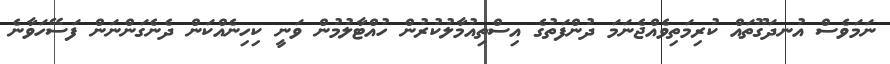
ނަމަވެސް އުނދަގޫތައް ކުރިމަތިވެއްޖެނަމަ ދުންފަތުގެ އިސްތިއުމާލުކުރުން ހުއްޓާލުމުން ވަނީ ކިހިނެއްކަން ދެނެގަންނަން ފަސޭހަވާނެ